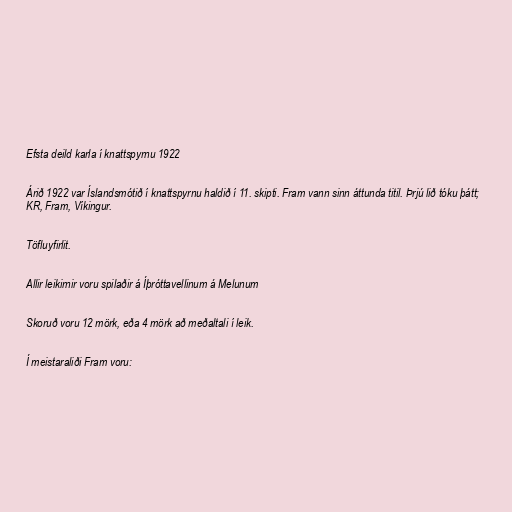
Efsta deild karla í knattspyrnu 1922

Árið 1922 var Íslandsmótið í knattspyrnu haldið í 11. skipti. Fram vann sinn áttunda titil. Þrjú lið tóku þátt;
KR, Fram, Víkingur.

Töfluyfirlit.

Allir leikirnir voru spilaðir á Íþróttavellinum á Melunum

Skoruð voru 12 mörk, eða 4 mörk að meðaltali í leik.

Í meistaraliði Fram voru: